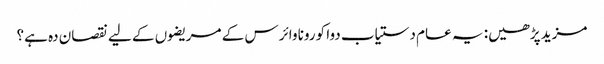
مزید پڑھیں: یہ عام دستیاب دوا کورونا وائرس کے مریضوں کے لیے نقصان دہ ہے؟